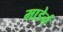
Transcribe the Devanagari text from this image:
माडेर्न